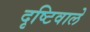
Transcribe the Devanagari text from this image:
दृष्टिवाले